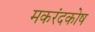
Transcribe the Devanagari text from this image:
मकरंदकोष